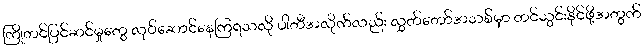
ကြိုတင်ပြင်ဆင်မှုတွေ လုပ်ဆောင်နေကြရသလို ပါတီအလိုက်လည်း လွှတ်တော်အသစ်မှာ တင်သွင်းနိုင်ဖို့အတွက်